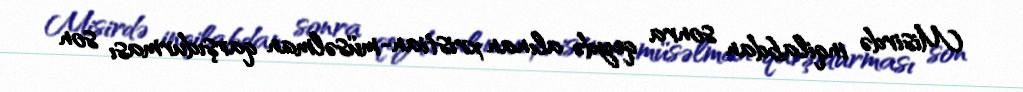
Misirdə inqilabdan sonra qeydə alınan xristian-müsəlman qarşıdurması son